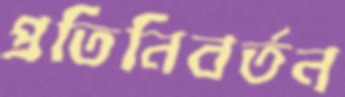
প্রতিনিবর্তন